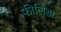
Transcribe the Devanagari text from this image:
फीलिडा